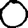
Digit: 0